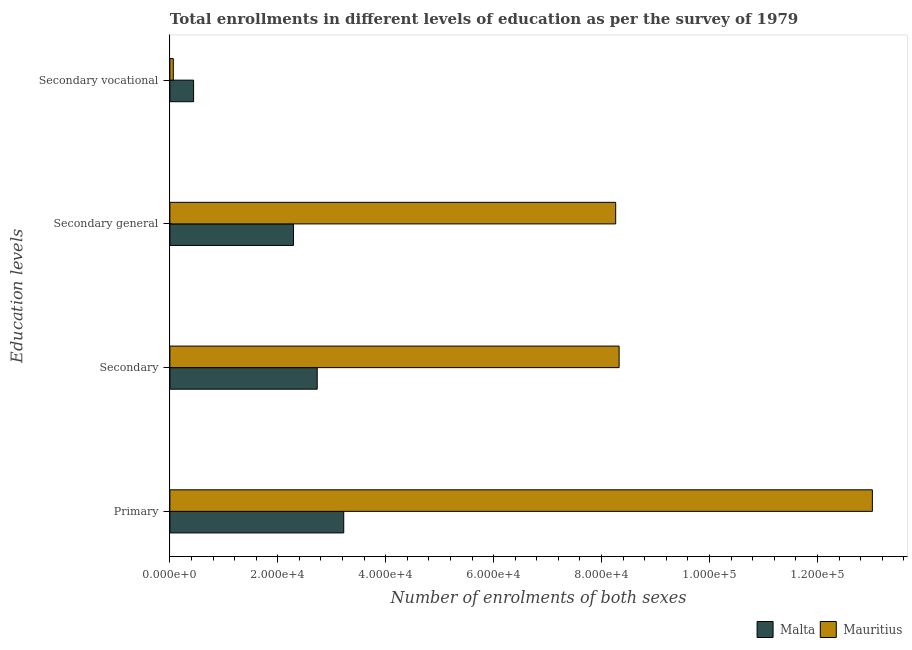
| Education levels | Malta | Mauritius |
 | --- | --- | --- |
 | Primary | 3.22e+04 | 1.3e+05 |
 | Secondary | 2.73e+04 | 8.33e+04 |
 | Secondary general | 2.29e+04 | 8.26e+04 |
 | Secondary vocational | 4.4e+03 | 636 |